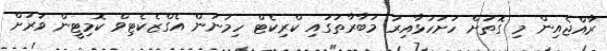
ރާއްޖެއިން މި ގޮތަށް ހުށަހަޅާއިރު މުބާރާތުގައި ކްރިކެޓް ހިމަނަން އެގްޒެކެޓިވް ކޮމިޓީން ވަރަށް